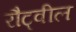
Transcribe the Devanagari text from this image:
रौट्वील